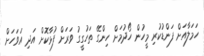
ހަމަލާއަށް ފަންޑުކުރި މީހުން ހޯދުމަށް ހިންގޭ ތަހުގީގު ވަރަށް ފުޅާކޮށް އަދި އަވަހަށް